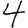
Digit: 4